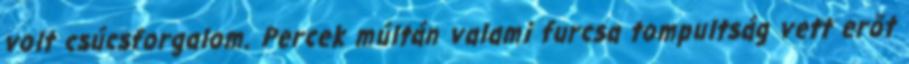
volt csúcsforgalom. Percek múltán valami furcsa tompultság vett erőt